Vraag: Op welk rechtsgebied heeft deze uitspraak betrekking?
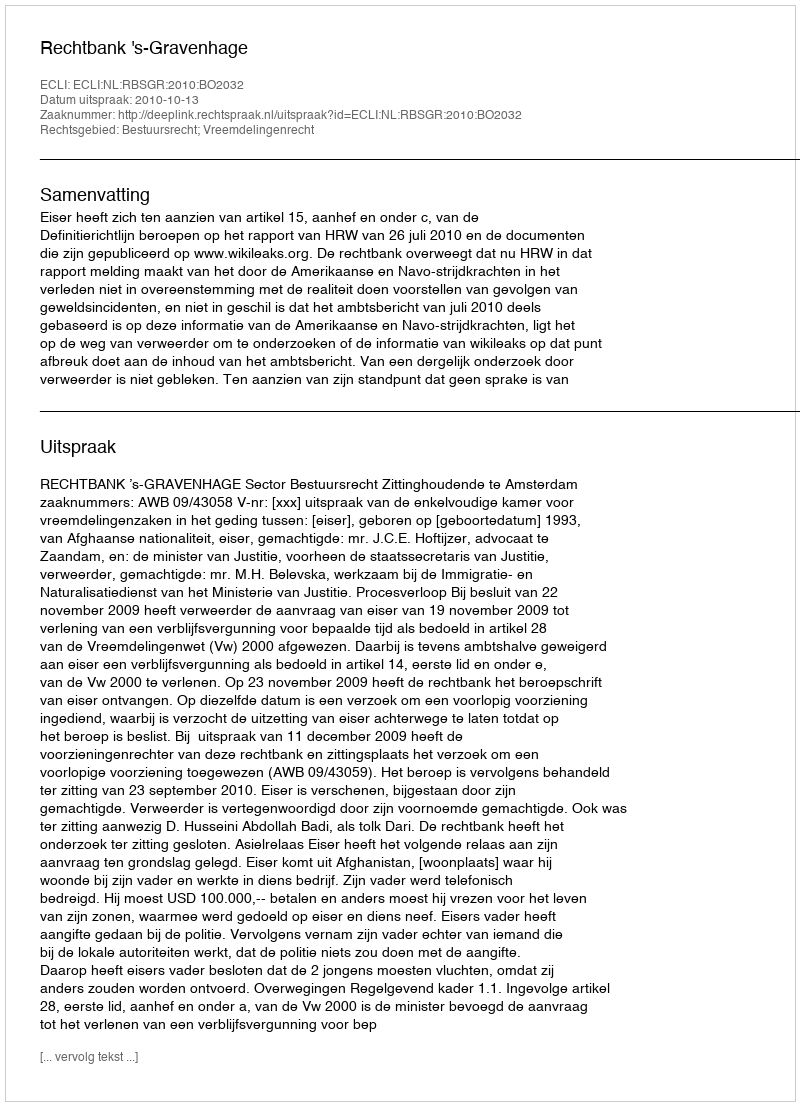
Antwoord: Bestuursrecht; Vreemdelingenrecht